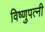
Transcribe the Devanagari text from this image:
विष्णुपत्नी